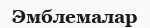
Эмблемалар